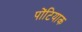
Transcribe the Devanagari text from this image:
पोंटियाक